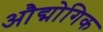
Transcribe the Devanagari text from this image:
औद्मोगिक